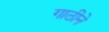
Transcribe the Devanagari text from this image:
गाठीने